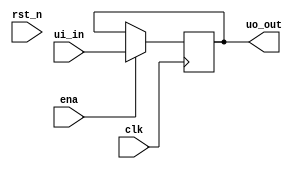
module tt_um_FIFO (
    input  wire [7:0] ui_in,    // Dedicated inputs
    output wire [7:0] uo_out,  // IOs: Enable path (active high: 0=input, 1=output)
    input  wire       ena,      // will go high when the design is enabled
    input  wire       clk,      // clock
    input  wire       rst_n     // reset_n - low to reset
);

always @(posedge clk) begin
    if (ena == 1'b1) begin
        uo_out <= ui_in;
    end
end

endmodule